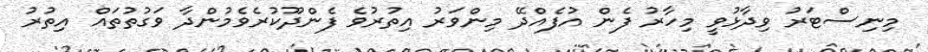
މިނިސްޓަރު ވިދާޅުވީ މިހާރު ފެން އުފެއްދޭ މިންވަރު އިތުރުވެ ފެންދޫކުރެވެމުންދާ ވަގުތުތައް އިތުރު